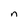
Character: n